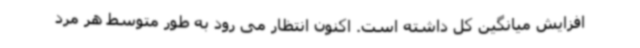
افزایش میانگین کل داشته است. اکنون انتظار می رود به طور متوسط هر مرد